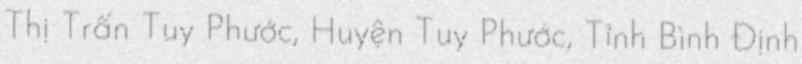
Thị Trấn Tuy Phước, Huyện Tuy Phước, Tỉnh Bình Định